画像に写った文字を読んでください
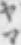
「ヤマ」と書いてあります